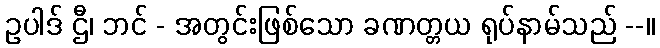
ဥပါဒ် ဌီ၊ ဘင် - အတွင်းဖြစ်သော ခဏတ္တယ ရုပ်နာမ်သည် --။